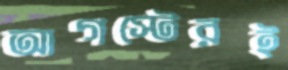
আগস্টেরই